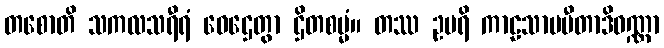
တစောတိ သကလသရီရံ ဝေဌေတွာ ဌိတစမ္မံ။ တဿ ဥပရိ ကာဠသာမပီတာဒိဝဏ္ဏာ